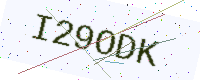
Text: I29ODK